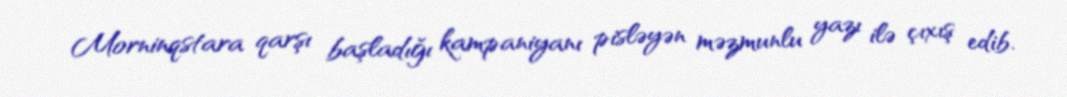
Morninqstara qarşı başladığı kampaniyanı pisləyən məzmunlu yazı ilə çıxış edib.